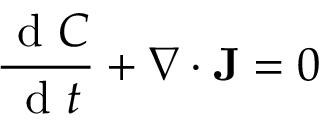
\frac { \mathrm { ~ d ~ } C } { \mathrm { ~ d ~ } t } + \nabla \cdot \mathbf { J } = 0